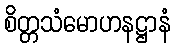
စိတ္တသံမောဟနဋ္ဌာနံ